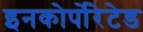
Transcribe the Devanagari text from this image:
इनकोर्पोरेटेड